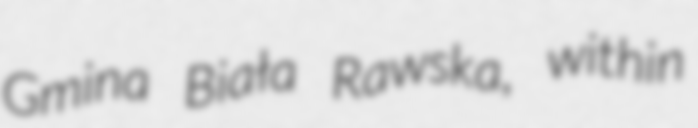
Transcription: Gmina Biała Rawska, within